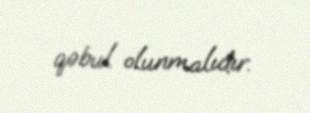
qəbul olunmalıdır.